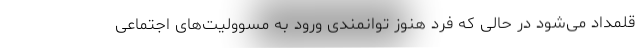
قلمداد می‌شود در حالی که فرد هنوز توانمندی ورود به مسوولیت‌های اجتماعی